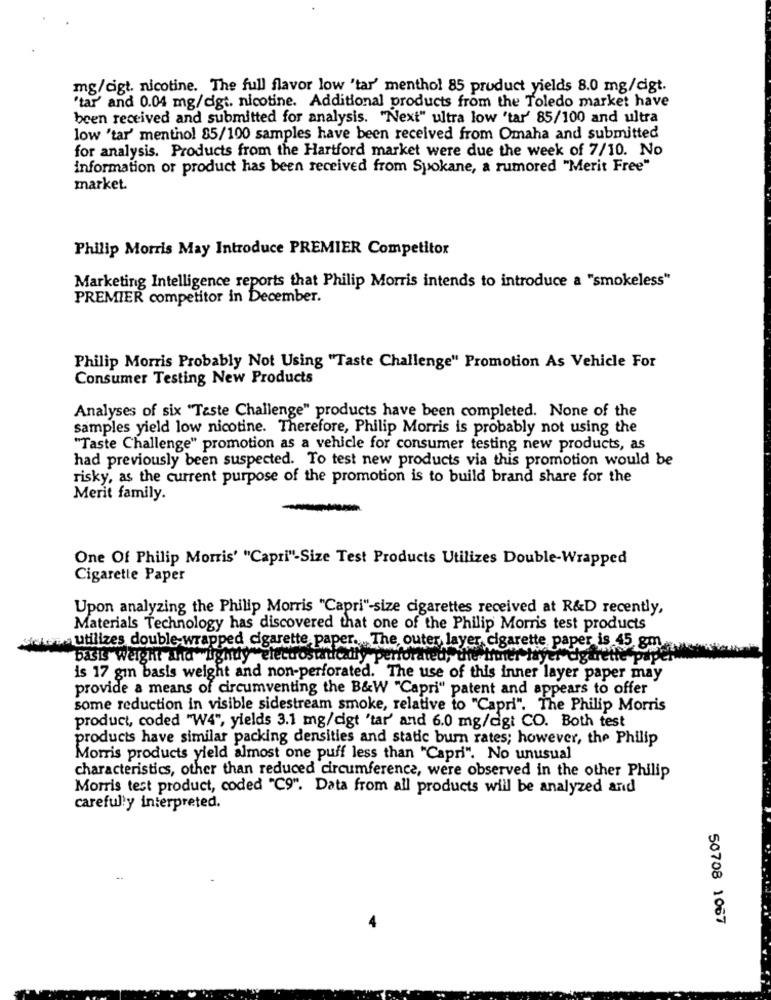
mg/cigt. nicotine. The full flavor low 'tar' menthol 85 product yields 8.0 mg/digt.
"tar' and 0.04 mg/digt. nicotine. Additional products from the Toledo market have
been received and submitted for analysis. "Next" ultra low "tar' 85/100 and ultra
low 'tar' menthol 85/100 samples have been received from Omaha and submitted
for analysis. Products from the Hartford market were due the week of 7/10. No
information or product has been received from Spokane, a rumored "Merit Free"
market.
Philip Morris May Introduce PREMIER Competitor
Marketing Intelligence reports that Philip Morris intends to introduce a "smokeless"
PREMIER competitor in December.
Philip Morris Probably Not Using "Taste Challenge" Promotion As Vehicle For
Consumer Testing New Products
Analyses of six "Taste Challenge" products have been completed. None of the
samples yield low nicotine. Therefore, Philip Morris is probably not using the
"Taste Challenge" promotion as a vehicle for consumer testing new products, as
had previously been suspected. To test new products via this promotion would be
risky, as the current purpose of the promotion is to build brand share for the
Merit family.
One Of Philip Morris' "Capri"-Size Test Products Utilizes Double-Wrapped
Cigarette Paper
Upon analyzing the Philip Morris "Capri"-size cigarettes received at R&D recently,
Materials Technology has discovered that one of the Philip Morris test products
toss utilizes double-wrapped cigarette, paper. The outer layer cigarette paper is 45 gm
basis weight and"Lightly"electrostatically perforated, the inner layer cigarette pape
is 17 gin basis weight and non-perforated. The use of this inner layer paper may
provide a means of circumventing the B&W "Capri" patent and appears to offer
some reduction in visible sidestream smoke, relative to "Capri". The Philip Morris
product, coded "W4", yields 3.1 mg/digt 'tar' and 6.0 mg/dgt CO. Both test
products have similar packing densities and static burn rates; however, the Philip
Morris products yield almost one puff less than "Capri". No unusual
characteristics, other than reduced circumference, were observed in the other Philip
Morris test product, coded "C9". Data from all products will be analyzed and
carefully interpreted.
50708 1067